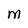
Character: M